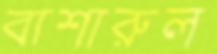
বাশারুল